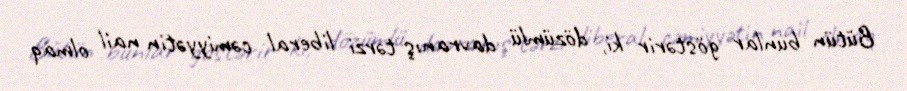
Bütün bunlar göstərir ki, dözümlü davranış tərzi liberal cəmiyyətin nail olmaq